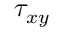
\tau _ { x y }